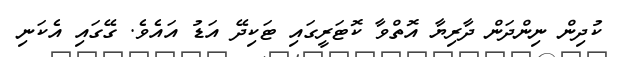
ކުދިން ނިންދަން ދާރިޔާ އޮތްވާ ކޮޓަރީގައި ޓަކިދޭ އަޑު އައެވެ. ގޭގައި އެކަނި